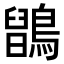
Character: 𪅉